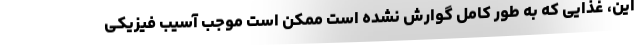
این، غذایی که به طور کامل گوارش نشده است ممکن است موجب آسیب فیزیکی